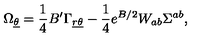
\nonumber \Omega _ { \underline { \theta } } = { \frac { 1 } { 4 } } B ^ { \prime } \Gamma _ { { \underline { r } } \underline { \theta } } - { \frac { 1 } { 4 } } e ^ { B / 2 } W _ { a b } \Sigma ^ { a b } ,